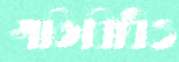
গতিবিধিও